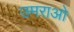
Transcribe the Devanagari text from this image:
उमराओ